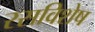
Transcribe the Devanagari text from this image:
रसविशेष